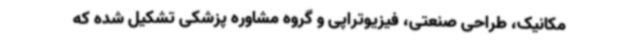
مکانیک، طراحی صنعتی، فیزیوتراپی و گروه مشاوره پزشکی تشکیل شده که